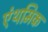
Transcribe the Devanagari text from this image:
एंथमिक